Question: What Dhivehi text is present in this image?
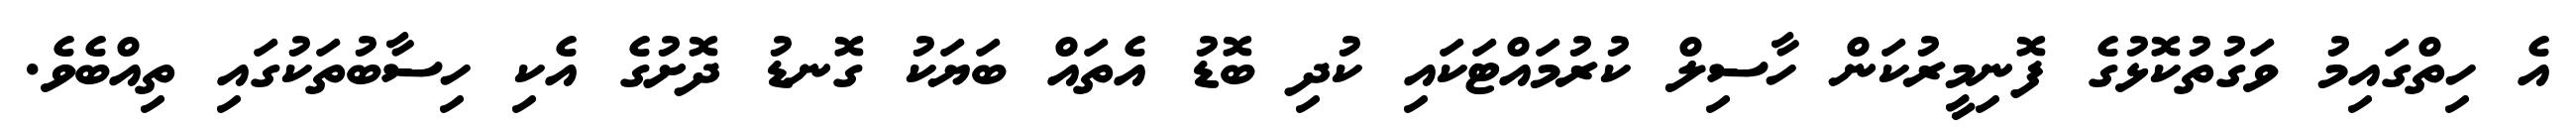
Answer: އެ ހިތްގައިމު ވަގުތުކޮޅުގެ ފޮނިމީރުކަން ހާސިލް ކުރުމައްޓަކައި ކުދި ބޮޑު އެތައް ބަޔަކު ގޮނޑު ދޮށުގެ އެކި ހިސާބުތަކުގައި ތިއްބެވެ.